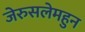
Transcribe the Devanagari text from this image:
जेरुसलेमहुन